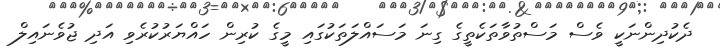
ދެކުދިންނަކީ ވެސް މަސްތުވާތަކެތީގެ ގިނަ މަސައްލަތަކުގައި މީގެ ކުރިން ހައްޔަރުކުރެވި އަދި ޖުވެނައިލް